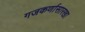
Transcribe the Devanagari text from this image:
गजकर्णासारखा